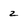
Character: 2